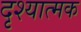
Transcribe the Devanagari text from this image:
दृश्‍यात्मक